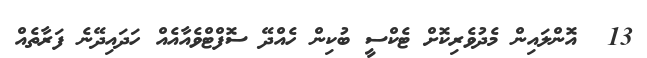
13  އޮންލައިން މެދުވެރިކޮށް ޓެކްސީ ބުކިން ހެއްދޭ ސޮފްޓްވެއާއެއް ހަދައިދޭނެ ފަރާތެއް